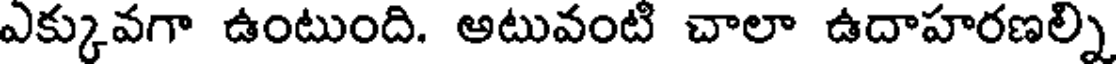
ఎక్కువగా ఉంటుంది. అటువంటి చాలా ఉదాహరణల్ని